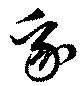
我